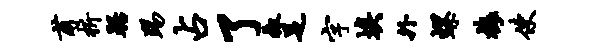
甫析踞踢占了椒足字埃外螺梅使